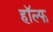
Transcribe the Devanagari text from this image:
हॉल्फ